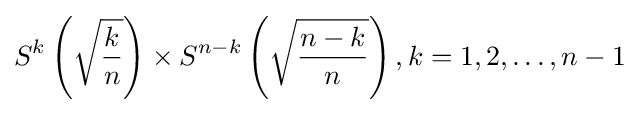
S^{k}\left({\sqrt {\frac {k}{n}}}\right)\times S^{n-k}\left({\sqrt {\frac {n-k}{n}}}\right),k=1,2,\ldots ,n-1